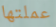
عملتها